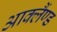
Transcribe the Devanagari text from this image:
आक्लैंण्ड